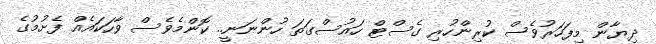
ދިޔާން މިފަހަރުވެސް ކުރިންހުރި ގެސްޓް ހައުސްގަތަ ހުންނަނީ.. ކޮންމެވެސް ވާހަކައެއް ފެށުމުގެ